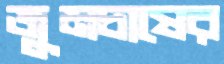
জুমচাষের